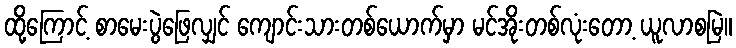
ထို့ကြောင့် စာမေးပွဲဖြေလျှင် ကျောင်းသားတစ်ယောက်မှာ မင်အိုးတစ်လုံးတော့ ယူလာစမြဲ။